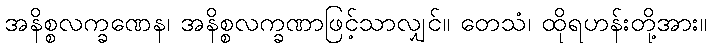
အနိစ္စလက္ခဏေန၊ အနိစ္စလက္ခဏာဖြင့်သာလျှင်။ တေသံ၊ ထိုရဟန်းတို့အား။